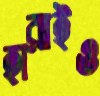
হারাইও